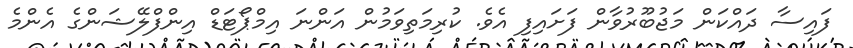
ފައިސާ ދައްކަން މަޖުބޫރުވާން ފަށައިފި އެވެ. ކުރިމަތިވަމުން އަންނަ އިމްޕޯޓަޑް އިންފްލޭޝަންގެ އެންމެ